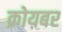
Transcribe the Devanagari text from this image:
क्रोयबर